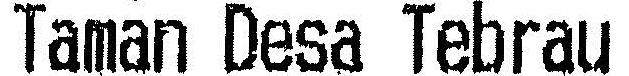
TAMAN DESA TEBRAU